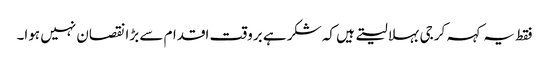
فقط یہ کہہ کر جی بہلا لیتے ہیں کہ شکر ہے بروقت اقدام سے بڑا نقصان نہیں ہوا۔